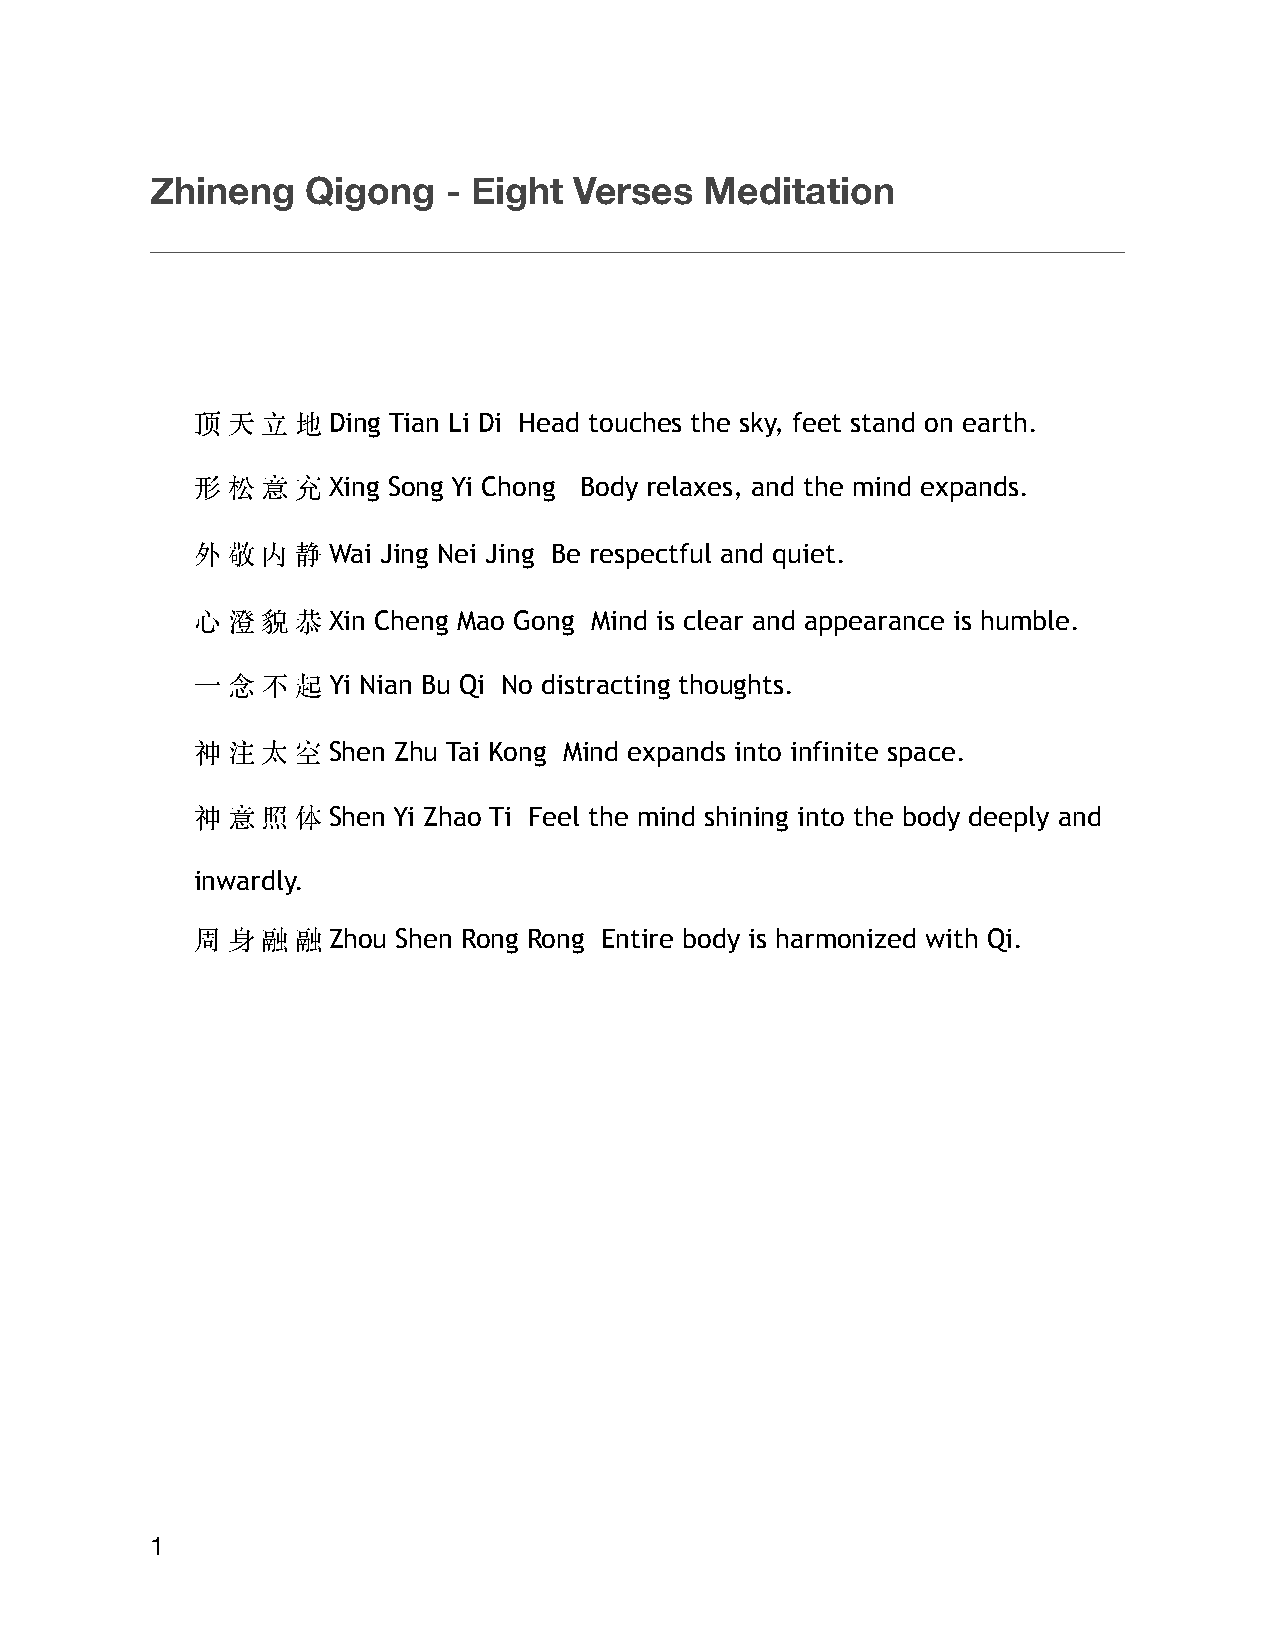
Zhineng   Qigong    - Eight Verses   Meditation
 顶 天 ⽴  地 Ding Tian Li Di Head touches the sky, feet stand on earth.
 形 松 意  充 Xing Song Yi Chong Body relaxes, and the mind expands.
 外 敬 内  静 Wai Jing Nei Jing Be respectful and quiet.
 ⼼ 澄 貌  恭 Xin Cheng Mao Gong Mind is clear and appearance is humble.
 ⼀ 念 不  起 Yi Nian Bu Qi No distracting thoughts.
 神 注 太  空 Shen Zhu Tai Kong Mind expands into infinite space.
 神 意 照  体 Shen Yi Zhao Ti Feel the mind shining into the body deeply and
 inwardly.
 周 ⾝ 融  融 Zhou Shen Rong Rong Entire body is harmonized with Qi.
 1